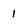
Character: 1